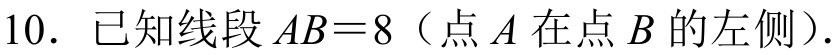
10. 已知线段\(AB = 8\)（点\(A\)在点\(B\)的左侧）.